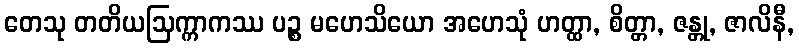
တေသု တတိယဩက္ကာကဿ ပဉ္စ မဟေသိယော အဟေသုံ ဟတ္ထာ, စိတ္တာ, ဇန္တု, ဇာလိနီ,